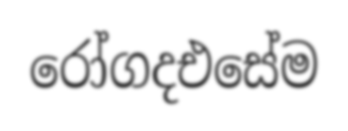
රෝගදඑසේම